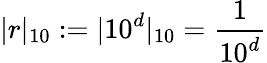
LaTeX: |r|_{10}:=|10^{d}|_{10}={\frac{1}{10^{d}}}